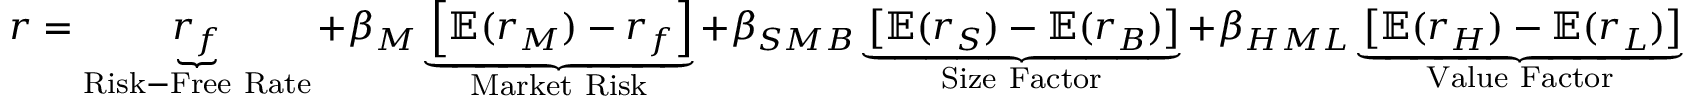
r = \underbrace { r _ { f } } _ { \mathrm { R i s k - F r e e ~ R a t e } } + \beta _ { M } \underbrace { \left[ \mathbb { E } ( r _ { M } ) - r _ { f } \right] } _ { \mathrm { M a r k e t ~ R i s k } } + \beta _ { S M B } \underbrace { \left[ \mathbb { E } ( r _ { S } ) - \mathbb { E } ( r _ { B } ) \right] } _ { \mathrm { S i z e ~ F a c t o r } } + \beta _ { H M L } \underbrace { \left[ \mathbb { E } ( r _ { H } ) - \mathbb { E } ( r _ { L } ) \right] } _ { \mathrm { V a l u e ~ F a c t o r } }